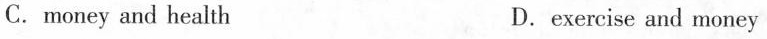
C.money and health D.exercise and money